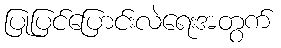
ပြုပြင်ပြောင်းလဲရေးအတွက်